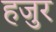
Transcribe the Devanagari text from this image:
हजुर